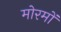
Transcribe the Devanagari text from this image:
मोरमों